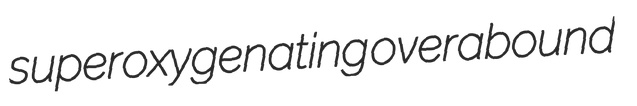
superoxygenating overabound